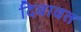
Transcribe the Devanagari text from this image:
दिवावत